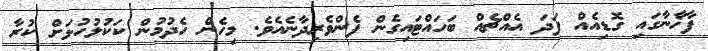
ފާޚާނާގައި ގޮޑިއެއް ފަދަ އެއްޗެއް ބަހައްޓައިގެން ފެންވެރިދާނެއެވެ. މިހެން ހެދުމުން ކަކުލުހުޅަށް ކުރާ